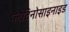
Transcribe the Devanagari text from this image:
प्लैटिनोसाइनाइड